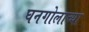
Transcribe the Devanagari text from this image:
घनगोलाच्या